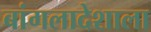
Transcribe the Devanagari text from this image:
बांगलादेशाला